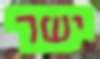
ישר